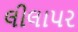
લીલાપર